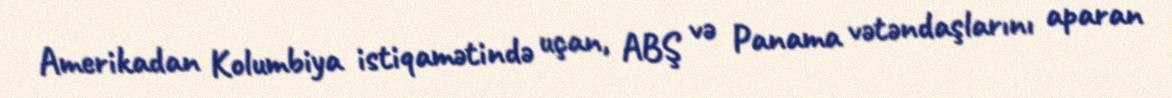
Amerikadan Kolumbiya istiqamətində uçan, ABŞ və Panama vətəndaşlarını aparan